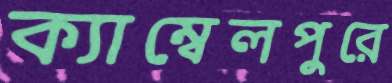
ক্যাম্বেলপুরে